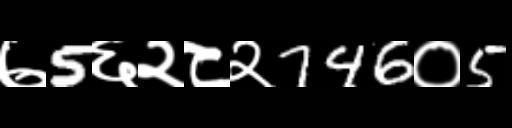
Text: ७5६२८२746०5